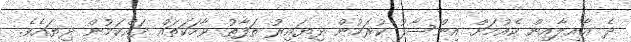
ދެ ޢާއިލާއިން ކެއުމަށް އިންސާފު ކުރަމުން ދިޔައިރު ތަފާތު ވާހަކަތައް ދައްކަމުން ދިޔައެވެ.